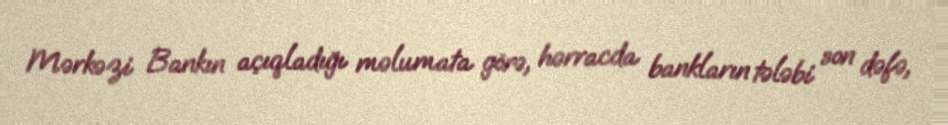
Mərkəzi Bankın açıqladığı məlumata görə, hərracda bankların tələbi son dəfə,